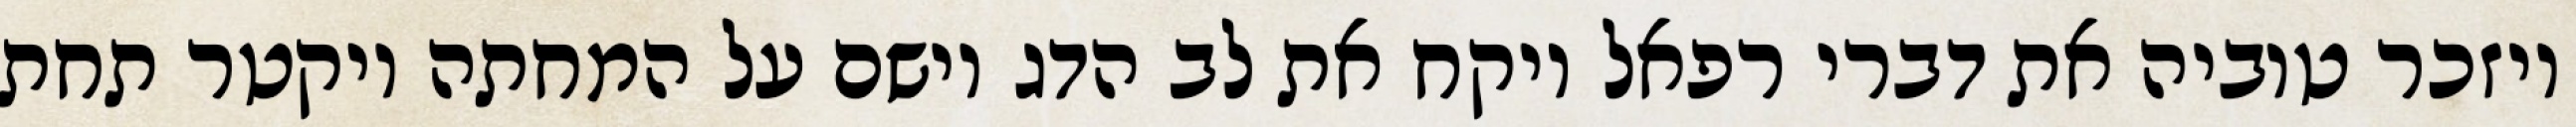
ויזכר טוביה את דברי רפאל ויקח את לב הדג וישם על המחתה ויקטר תחת